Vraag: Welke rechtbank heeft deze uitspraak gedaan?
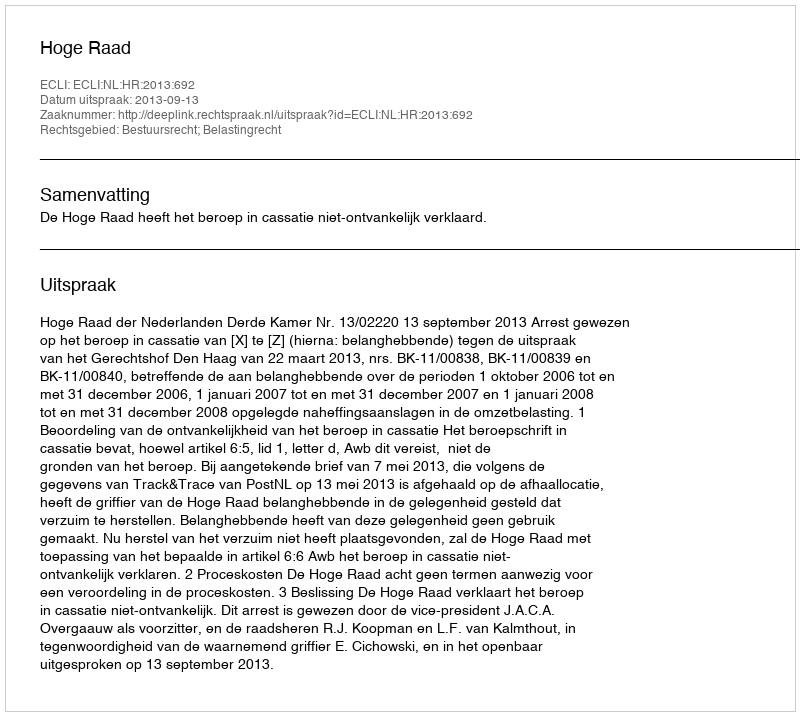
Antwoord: Hoge Raad